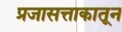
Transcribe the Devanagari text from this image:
प्रजासत्ताकातून